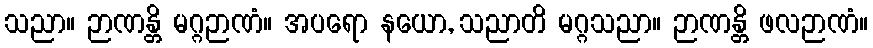
သညာ။ ဉာဏန္တိ မဂ္ဂဉာဏံ။ အပရော နယော, သညာတိ မဂ္ဂသညာ။ ဉာဏန္တိ ဖလဉာဏံ။